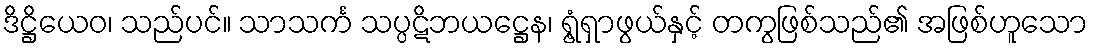
ဒိဋ္ဌိယေဝ၊ သည်ပင်။ သာသင်္က သပ္ပဋိဘယဋ္ဌေန၊ ရွံ့ရှာဖွယ်နှင့် တကွဖြစ်သည်၏ အဖြစ်ဟူသော